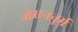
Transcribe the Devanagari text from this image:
जेएननुर्म